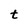
Character: t